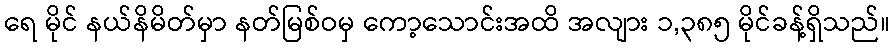
ရေ မိုင် နယ်နိမိတ်မှာ နတ်မြစ်ဝမှ ကော့သောင်းအထိ အလျား ၁,၃၈၅ မိုင်ခန့်ရှိသည်။